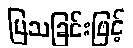
ပြသခြင်းဖြင့်